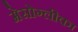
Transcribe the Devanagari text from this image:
मेसोग्लीका